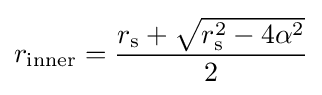
r_{\text{inner}}={\frac {r_{\text{s}}+{\sqrt {r_{\text{s}}^{2}-4\alpha ^{2}}}}{2}}